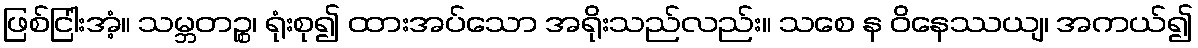
ဖြစ်ငြါးအံ့။ သမ္ဘတဉ္စ၊ ရုံးစု၍ ထားအပ်သော အရိုးသည်လည်း။ သစေ န ဝိနေဿယျ၊ အကယ်၍